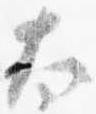
太